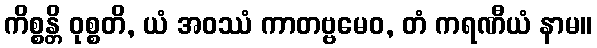
ကိစ္စန္တိ ဝုစ္စတိ, ယံ အဝဿံ ကာတဗ္ဗမေဝ, တံ ကရဏီယံ နာမ။